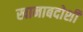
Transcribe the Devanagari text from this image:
खानाबदोशी